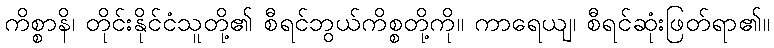
ကိစ္စာနိ၊ တိုင်းနိုင်ငံသူတို့၏ စီရင်ဘွယ်ကိစ္စတို့ကို။ ကာရေယျ၊ စီရင်ဆုံးဖြတ်ရာ၏။